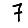
Digit: 7